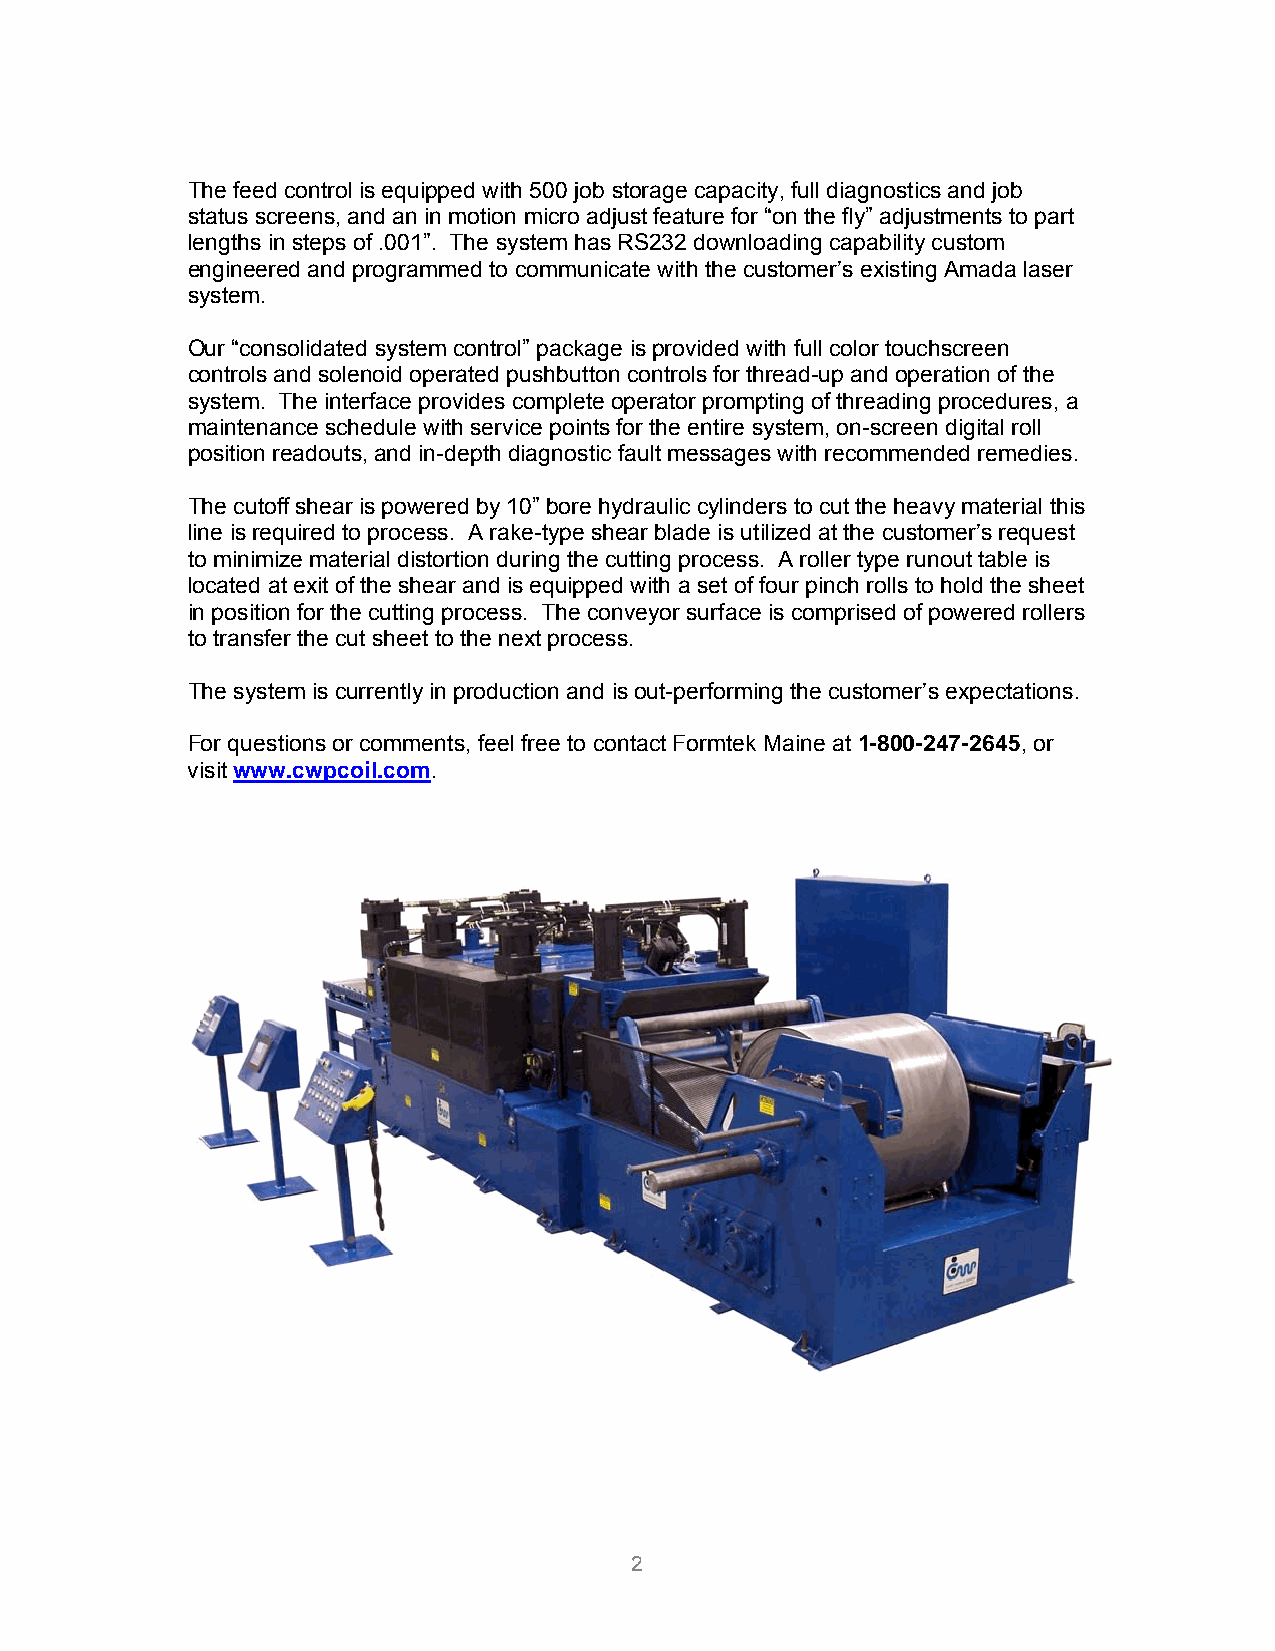
The feed control is equipped with 500 job storage capacity, full diagnostics and job
 status screens, and an in motion micro adjust feature for “on the fly” adjustments to part
 lengths in steps of .001”. The system has RS232 downloading capability custom
 engineered and programmed to communicate with the customer’s existing Amada laser
 system.
 Our “consolidated system control” package is provided with full color touchscreen
 controls and solenoid operated pushbutton controls for thread-up and operation of the
 system. The interface provides complete operator prompting of threading procedures, a
 maintenance schedule with service points for the entire system, on-screen digital roll
 position readouts, and in-depth diagnostic fault messages with recommended remedies.
 The cutoff shear is powered by 10” bore hydraulic cylinders to cut the heavy material this
 line is required to process. A rake-type shear blade is utilized at the customer’s request
 to minimize material distortion during the cutting process. A roller type runout table is
 located at exit of the shear and is equipped with a set of four pinch rolls to hold the sheet
 in position for the cutting process. The conveyor surface is comprised of powered rollers
 to transfer the cut sheet to the next process.
 The system is currently in production and is out-performing the customer’s expectations.
 For questions or comments, feel free to contact Formtek Maine at 1-800-247-2645, or
 visit www.cwpcoil.com.
 2